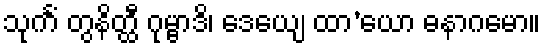
သုင်္ကံ တွနိတ္ထီ ဂုမ္ဗာဒိ၊ ဒေယျေ ထာ’ယော ဓနာဂမော။